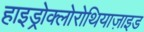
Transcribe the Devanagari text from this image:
हाइड्रोक्लोरोथियाज़ाइड